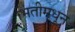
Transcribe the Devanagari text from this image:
भिंतीमधून